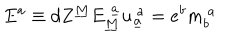
E ^ { a } \equiv d Z ^ { \underline { { { M } } } } E _ { \underline { { { M } } } } ^ { ~ \underline { { { a } } } } u _ { \underline { { { a } } } } ^ { ~ a } = e ^ { b } m _ { b } ^ { ~ a } \qquad